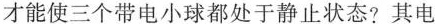
才能使三个带电小球都处于静止状态?其电